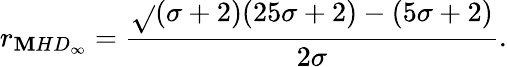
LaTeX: r_{\mathbf{M}HD_{\infty}}=\frac{{\sqrt{}{{(\sigma+2)(25\sigma+2)}}-(5\sigma+2)}}{{2\sigma}}.